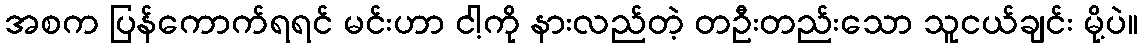
အစက ပြန်ကောက်ရရင် မင်းဟာ ငါ့ကို နားလည်တဲ့ တဦးတည်းသော သူငယ်ချင်း မို့ပဲ။